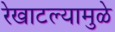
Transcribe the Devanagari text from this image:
रेखाटल्यामुळे